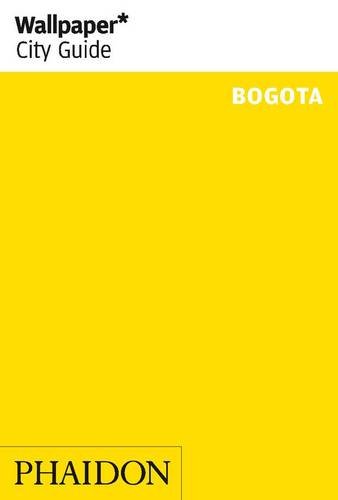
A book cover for Wallpaper* City Guide Bogota; Travel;